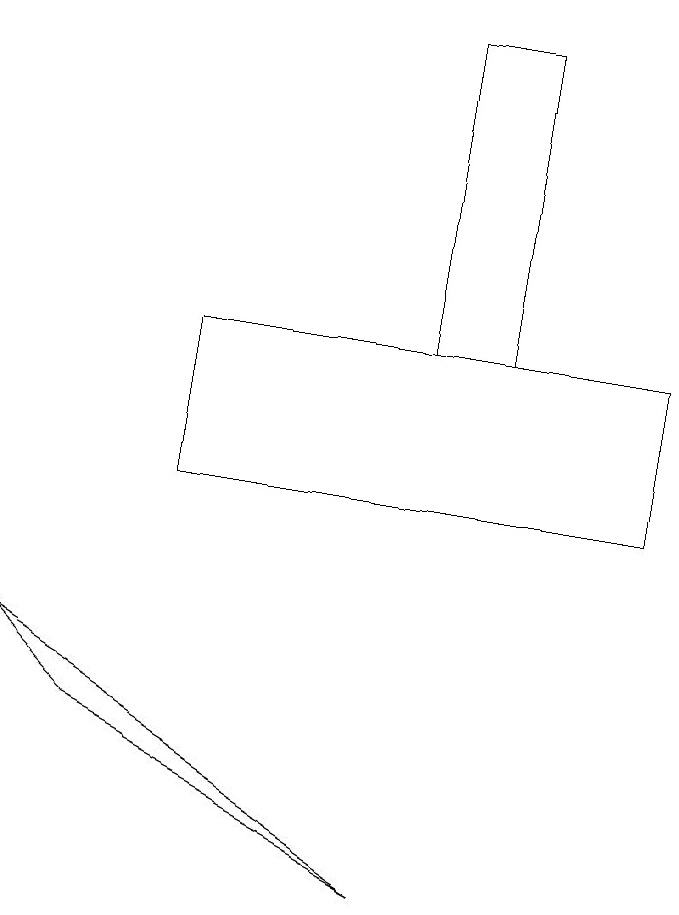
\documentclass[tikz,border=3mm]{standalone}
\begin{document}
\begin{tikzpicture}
\draw (3,13) rectangle (9,11);
\draw (6,17) rectangle (7,13);
\draw (6,6) -- (2,8) -- (1,9) -- cycle;
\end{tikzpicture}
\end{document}